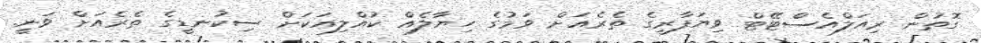
ގޮތުން ރިއަލްއެސްޓޭޓް ވިޔަފާރީގެ ތެރެއަށް ވަމުގެ ހިޔާލެއް ކުއްލިއަކަށް ސިކުނޑީގެ ތެރެއަށް ވަނީ.